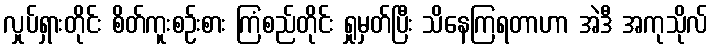
လှုပ်ရှားတိုင်း စိတ်ကူးစဉ်းစား ကြံစည်တိုင်း ရှုမှတ်ပြီး သိနေကြရတာဟာ အဲဒီ အကုသိုလ်